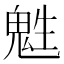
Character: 𩲵